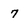
Character: 7